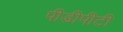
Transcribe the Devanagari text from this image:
पीडीपीटी